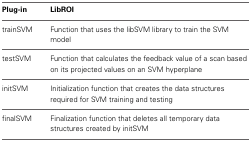
<table><thead><tr><td><b>Plug-in</b></td><td><b>LibROI</b></td></tr></thead><tbody><tr><td>trainSVM</td><td>Function that uses the libSVM library to train the SVM model</td></tr><tr><td>testSVM</td><td>Function that calculates the feedback value of a scan based on its projected values on an SVM hyperplane</td></tr><tr><td>initSVM</td><td>Initialization function that creates the data structures required for SVM training and testing</td></tr><tr><td>finalSVM</td><td>Finalization function that deletes all temporary data structures created by initSVM</td></tr></tbody></table>